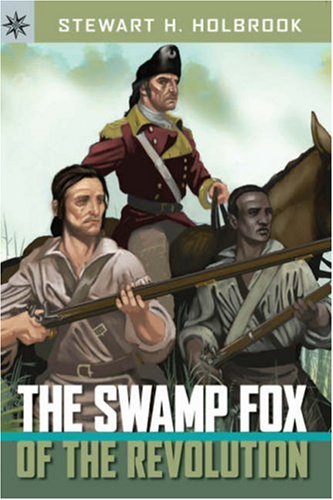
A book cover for The Swamp Fox of the Revolution (Sterling Point Books); Stewart H. Holbrook; Teen & Young Adult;